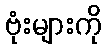
ဗုံးများကို